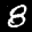
Label: 8